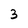
Character: 3